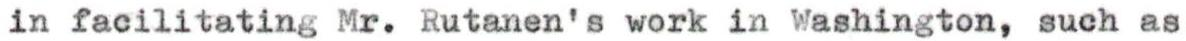
in facilitating Mr. Rutanen's work in Washington, such as